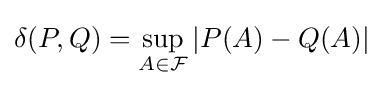
\delta (P,Q)=\sup _{A\in {\mathcal {F}}}\left|P(A)-Q(A)\right|